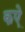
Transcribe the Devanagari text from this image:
कऐ